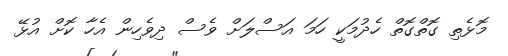
މޮޅެތި ގޮތްގޮތް ހެދުމަކީ ހަމަ އަސްލަށް ވެސް ދިވެހިން އެހާ ކޮށް އުޅޭ